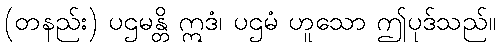
(တနည်း) ပဌမန္တိ ဣဒံ၊ ပဌမံ ဟူသော ဤပုဒ်သည်။